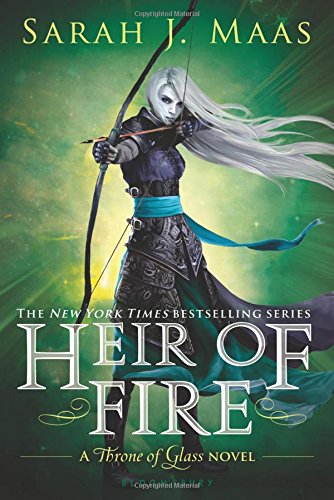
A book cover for Heir of Fire (Throne of Glass); Sarah J. Maas; Teen & Young Adult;